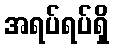
အရပ်ရပ်ရှိ